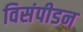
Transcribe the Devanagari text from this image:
विसंपीडन